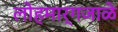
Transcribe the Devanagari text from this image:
लोहमार्गजाळे